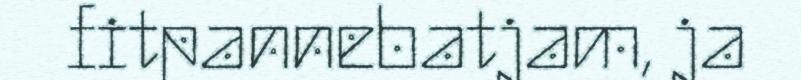
fitpannebatjam, ja